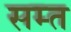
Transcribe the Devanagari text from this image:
सम्त